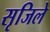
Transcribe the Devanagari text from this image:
सृजिले